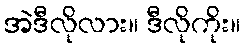
အဲဒီလိုလား။ ဒီလိုကိုး။